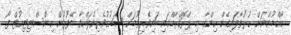
އާއްމުންނަށް ހުޅުވާލައިގެން ހިންގާ މި ޕްރޮގްރާމްގައި ބައިވެރިވުމަށް ޝައުގުވެރިވެލައްވާ ބޭފުޅުން އިންސްޓިިޓިއުޓް ފޯ